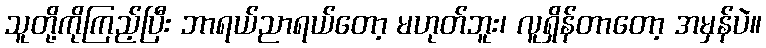
သူတို့ကိုကြည့်ပြီး ဘာရယ်ညာရယ်တော့ မဟုတ်ဘူး၊ လူရှိန်တာတော့ အမှန်ပဲ။